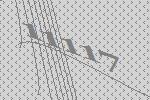
11117